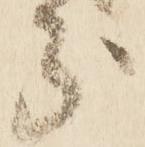
分